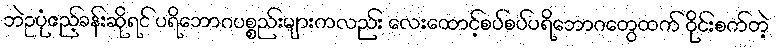
ဘဲဥပုံဧည့်ခန်းဆိုရင် ပရိဘောဂပစ္စည်းများကလည်း လေးထောင့်စပ်စပ်ပရိဘောဂတွေထက် ဝိုင်းစက်တဲ့